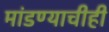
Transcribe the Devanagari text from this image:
मांडण्याचीही